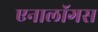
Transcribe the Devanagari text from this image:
एनालॉगस